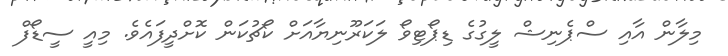
މިލާން އާއި ސްޕެނިޝް ލީގުގެ ޑިޕޯޓިވޯ ލަކަރޫނިޔާއަށް ކޯޗުކަން ކޮށްދީފައެވެ. މިއީ ސީޑޯފް